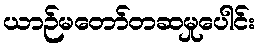
ယာဉ်မတော်တဆမှုပေါင်း